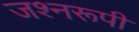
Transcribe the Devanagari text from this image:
जश्नरूपी